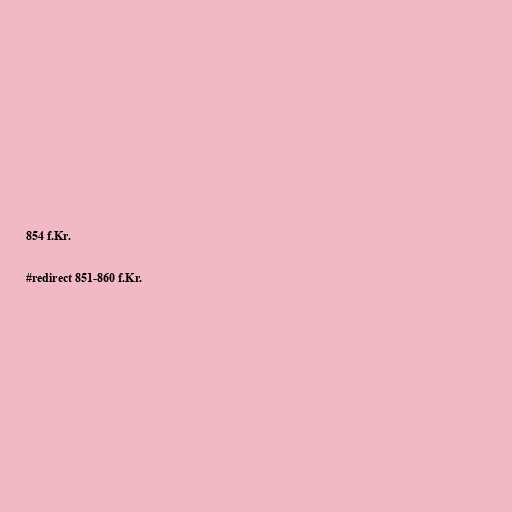
854 f.Kr.

#redirect 851-860 f.Kr.